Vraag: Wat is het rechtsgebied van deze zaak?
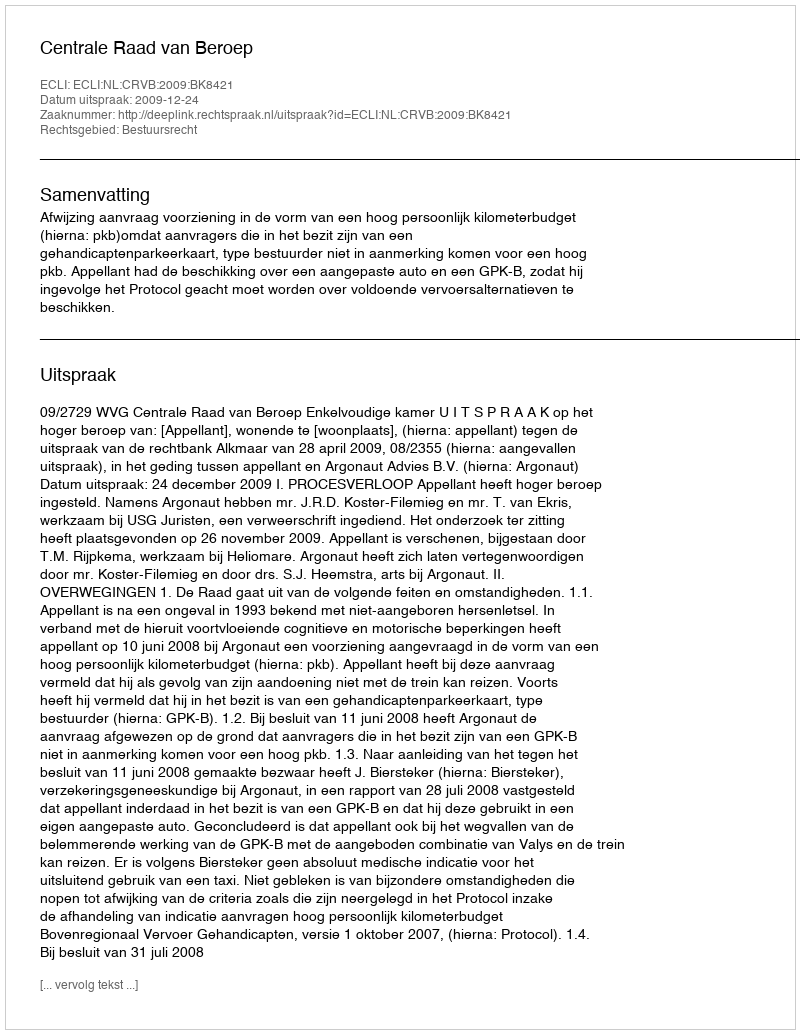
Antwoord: Bestuursrecht